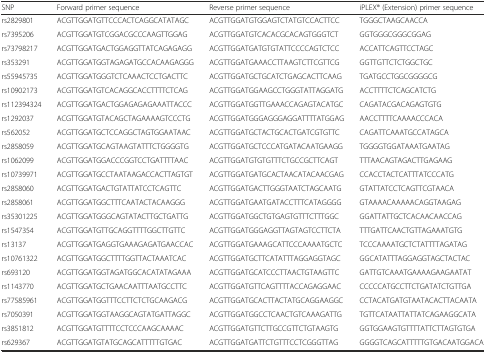
<table><thead><tr><td><b>SNP</b></td><td><b>Forward primer sequence</b></td><td><b>Reverse primer sequence</b></td><td><b>iPLEX® (Extension) primer sequence</b></td></tr></thead><tbody><tr><td>rs2829801</td><td>ACGTTGGATGTTCCCACTCAGGCATATAGC</td><td>ACGTTGGATGTGGAGTCTATGTCCACTTCC</td><td>TGGGCTAAGCAACCA</td></tr><tr><td>rs7395206</td><td>ACGTTGGATGTCGGACGCCCAAGTTGGAG</td><td>ACGTTGGATGTCACACGCACAGTGGGTCT</td><td>GGTGGGCGGGCGGAG</td></tr><tr><td>rs73798217</td><td>ACGTTGGATGACTGGAGGTTATCAGAGAGG</td><td>ACGTTGGATGATGTGTATTCCCCAGTCTCC</td><td>ACCATTCAGTTCCTAGC</td></tr><tr><td>rs353291</td><td>ACGTTGGATGGTAGAGATGCCACAAGAGGG</td><td>ACGTTGGATGAAACCTTAAGTCTTCGTTCG</td><td>GGTTGTTCTCTGGCTGC</td></tr><tr><td>rs55945735</td><td>ACGTTGGATGGGTCTCAAACTCCTGACTTC</td><td>ACGTTGGATGCTGCATCTGAGCACTTCAAG</td><td>TGATGCCTGGCGGGGCG</td></tr><tr><td>rs10902173</td><td>ACGTTGGATGTCACAGGCACCTTTTCTCAG</td><td>ACGTTGGATGGAAGCCTGGGTATTAGGATG</td><td>ACCTTTTCTCAGCATCTG</td></tr><tr><td>rs112394324</td><td>ACGTTGGATGACTGGAGAGAGAAATTACCC</td><td>ACGTTGGATGGTTGAAACCAGAGTACATGC</td><td>CAGATACGACAGAGTGTG</td></tr><tr><td>rs1292037</td><td>ACGTTGGATGTACAGCTAGAAAAGTCCCTG</td><td>ACGTTGGATGGGAGGGAGGATTTTATGGAG</td><td>AACCTTTTCAAAACCCACA</td></tr><tr><td>rs562052</td><td>ACGTTGGATGCTCCAGGCTAGTGGAATAAC</td><td>ACGTTGGATGCTACTGCACTGATCGTGTTC</td><td>CAGATTCAAATGCCATAGCA</td></tr><tr><td>rs2858059</td><td>ACGTTGGATGCAGTAAGTATTTCTGGGGTG</td><td>ACGTTGGATGCTCCCATGATACAATGAAGG</td><td>TGGGGTGGATAAATGAATAG</td></tr><tr><td>rs1062099</td><td>ACGTTGGATGGACCCGGTCCTGATTTTAAC</td><td>ACGTTGGATGTGTGTTTCTGCCGCTTCAGT</td><td>TTTAACAGTAGACTTGAGAAG</td></tr><tr><td>rs10739971</td><td>ACGTTGGATGCCTAATAAGACCACTTAGTGT</td><td>ACGTTGGATGATGCACTAACATACAACGAG</td><td>CCACCTACTCATTTATCCCATG</td></tr><tr><td>rs2858060</td><td>ACGTTGGATGACTGTATTATCCTCAGTTC</td><td>ACGTTGGATGACTTGGGTAATCTAGCAATG</td><td>GTATTATCCTCAGTTCGTAACA</td></tr><tr><td>rs2858061</td><td>ACGTTGGATGGCTTTCAATACTACAAGGG</td><td>ACGTTGGATGAATGATACCTTTCATAGGGG</td><td>GTAAAACAAAAACAGGTAAGAG</td></tr><tr><td>rs35301225</td><td>ACGTTGGATGGGCAGTATACTTGCTGATTG</td><td>ACGTTGGATGGCTGTGAGTGTTTCTTTGGC</td><td>GGATTATTGCTCACAACAACCAG</td></tr><tr><td>rs1547354</td><td>ACGTTGGATGTTGCAGGTTTTGGCTTGTTC</td><td>ACGTTGGATGGGAGGTTAGTAGTCCTTCTA</td><td>TTTGATTCAACTGTTAGAAATGTG</td></tr><tr><td>rs13137</td><td>ACGTTGGATGAGGTGAAAGAGATGAACCAC</td><td>ACGTTGGATGAAAGCATTCCCAAAATGCTC</td><td>TCCCAAAATGCTCTATTTTAGATAG</td></tr><tr><td>rs10761322</td><td>ACGTTGGATGGCTTTTGGTTACTAAATCAC</td><td>ACGTTGGATGCTTCATATTTAGGAGGTAGC</td><td>GGCATATTTAGGAGGTAGCTACTAC</td></tr><tr><td>rs693120</td><td>ACGTTGGATGGTAGATGGCACATATAGAAA</td><td>ACGTTGGATGCATCCCTTAACTGTAAGTTC</td><td>GATTGTCAAATGAAAAGAAGAATAT</td></tr><tr><td>rs1143770</td><td>ACGTTGGATGCTGAACAATTTAATGCCTTC</td><td>ACGTTGGATGTTCAGTTTTACCAGAGGAAC</td><td>CCCCCATGCCTTCTGATATCTGTTGA</td></tr><tr><td>rs77585961</td><td>ACGTTGGATGGTTTCCTTCTCTGCAAGACG</td><td>ACGTTGGATGCACTTACTATGCAGGAAGGC</td><td>CCTACATGATGTAATACACTTACAATA</td></tr><tr><td>rs7050391</td><td>ACGTTGGATGGTAAGGCAGTATGATTAGGC</td><td>ACGTTGGATGGCCTCAACTGTCAAAGATTG</td><td>TGTTCATAATTATTATCAGAAGGCATA</td></tr><tr><td>rs3851812</td><td>ACGTTGGATGTTTTCCTCCCAAGCAAAAC</td><td>ACGTTGGATGTTCTTGCCGTTCTGTAAGTG</td><td>GGTGGAAGTGTTTTATTCTTAGTGTGA</td></tr><tr><td>rs629367</td><td>ACGTTGGATGTATGCAGCATTTTTGTGAC</td><td>ACGTTGGATGATTCTGTTTCCTCGGGTTAG</td><td>GGGGTCAGCATTTTTGTGACAATGGACA</td></tr></tbody></table>